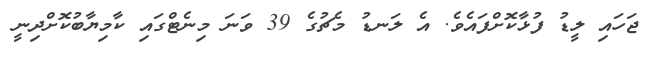
ޖަހައި ލީޑު ފުޅާކޮށްފައެވެ. އެ ލަނޑު މެޗުގެ 39 ވަނަ މިނެޓްގައި ކާމިޔާބުކޮށްދިނީ